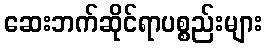
ဆေးဘက်ဆိုင်ရာပစ္စည်းများ